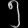
Digit: ၅